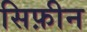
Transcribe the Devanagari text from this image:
सिफ़ीन